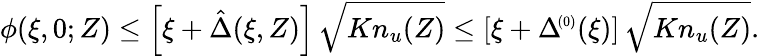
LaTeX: \phi(\xi,0;Z)\le\left[\xi+\hat{\Delta}(\xi,Z)\right]\, \sqrt{Kn_{u}(Z)}\le\left[\xi+\Delta\! ^{{\scriptscriptstyle(0)}}(\xi)\right]\, \sqrt{Kn_{u}(Z)}.